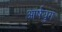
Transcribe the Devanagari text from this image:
आर्षयुग